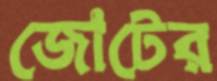
জোটের